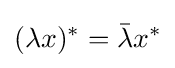
(\lambda x)^{*}={\bar {\lambda }}x^{*}